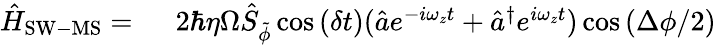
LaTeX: \begin{array}{rl}{\hat{H}_{\mathrm{SW-MS}}=\ }&{{}2\hbar\eta\Omega\hat{S}_{\tilde{\phi}}\cos{(\delta t)}(\hat{a}e^{-i\omega_{z}t}+\hat{a}^{\dagger}e^{i\omega_{z}t})\cos{\left(\Delta\phi/2\right)}}\end{array}